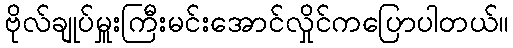
ဗိုလ်ချုပ်မှူးကြီးမင်းအောင်လှိုင်ကပြောပါတယ်။